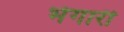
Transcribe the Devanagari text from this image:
भेगारी